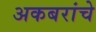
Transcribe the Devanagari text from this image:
अकबरांचे